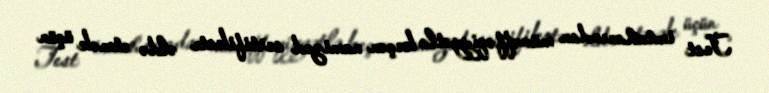
Test imtahanından müvəffəqiyyətlə keçən namizəd sertifikatı əldə etmək üçün